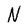
Character: N